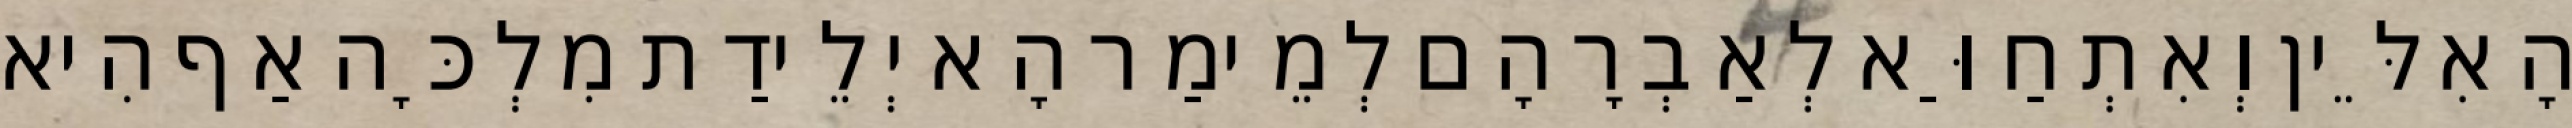
הָאִלֵּין וְאִתְחַוַּא לְאַבְרָהָם לְמֵימַר הָא יְלֵידַת מִלְכָּה אַף הִיא